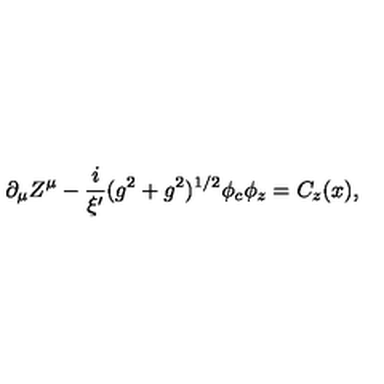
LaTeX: \partial _ { \mu } Z ^ { \mu } - \frac { i } { \xi ^ { \prime } } ( g ^ { 2 } + g ^ { 2 } ) ^ { 1 / 2 } \phi _ { c } \phi _ { z } = C _ { z } ( x ) ,